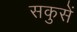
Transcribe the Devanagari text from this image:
सकुसें